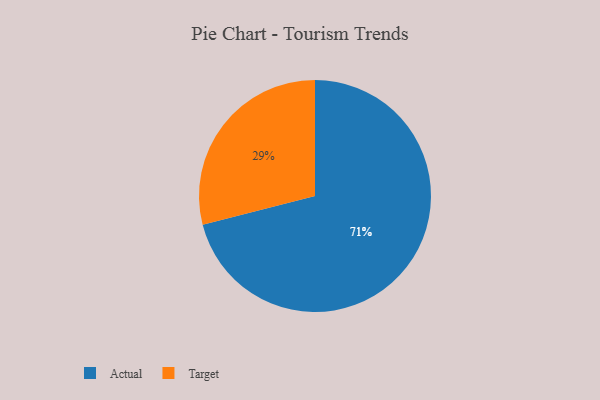
{"axis": {"x": "Category", "y": "Percentage"}, "legend": ["Actual", "Target"], "data": [{"x": "Actual", "y": 71, "type": "Actual"}, {"x": "Target", "y": 29, "type": "Target"}]}